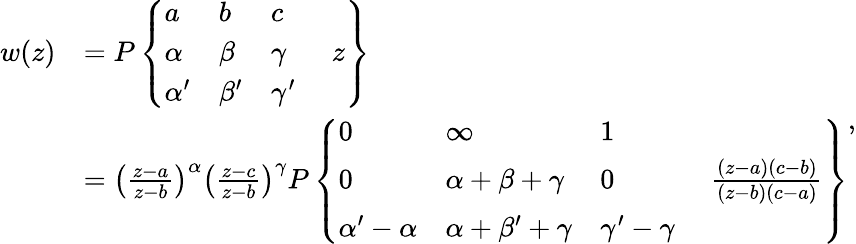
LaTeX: {\begin{array}{rl}{w(z)}&{=P\left\{ {\begin{array}{llll}{a}&{b}&{c}&\\ {\alpha}&{\beta}&{\gamma}&{\; z}\\ {\alpha^{\prime}}&{\beta^{\prime}}&{\gamma^{\prime}}&\end{array}}\right\} }\\ &{=\left({\frac{z-a}{z-b}}\right)^{\alpha}\left({\frac{z-c}{z-b}}\right)^{\gamma}P\left\{ {\begin{array}{llll}{0}&{\infty}&{1}&\\ {0}&{\alpha+\beta+\gamma}&{0}&{\; {\frac{(z-a)(c-b)}{(z-b)(c-a)}}}\\ {\alpha^{\prime}-\alpha}&{\alpha+\beta^{\prime}+\gamma}&{\gamma^{\prime}-\gamma}&\end{array}}\right\} }\end{array}},